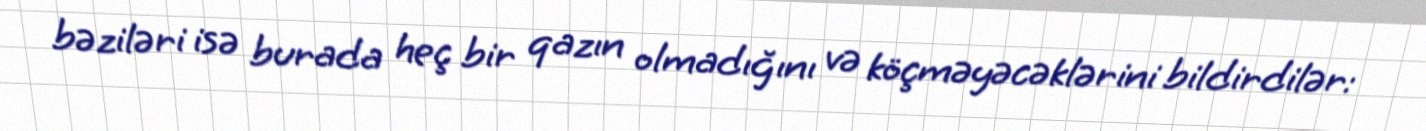
bəziləri isə burada heç bir qazın olmadığını və köçməyəcəklərini bildirdilər: